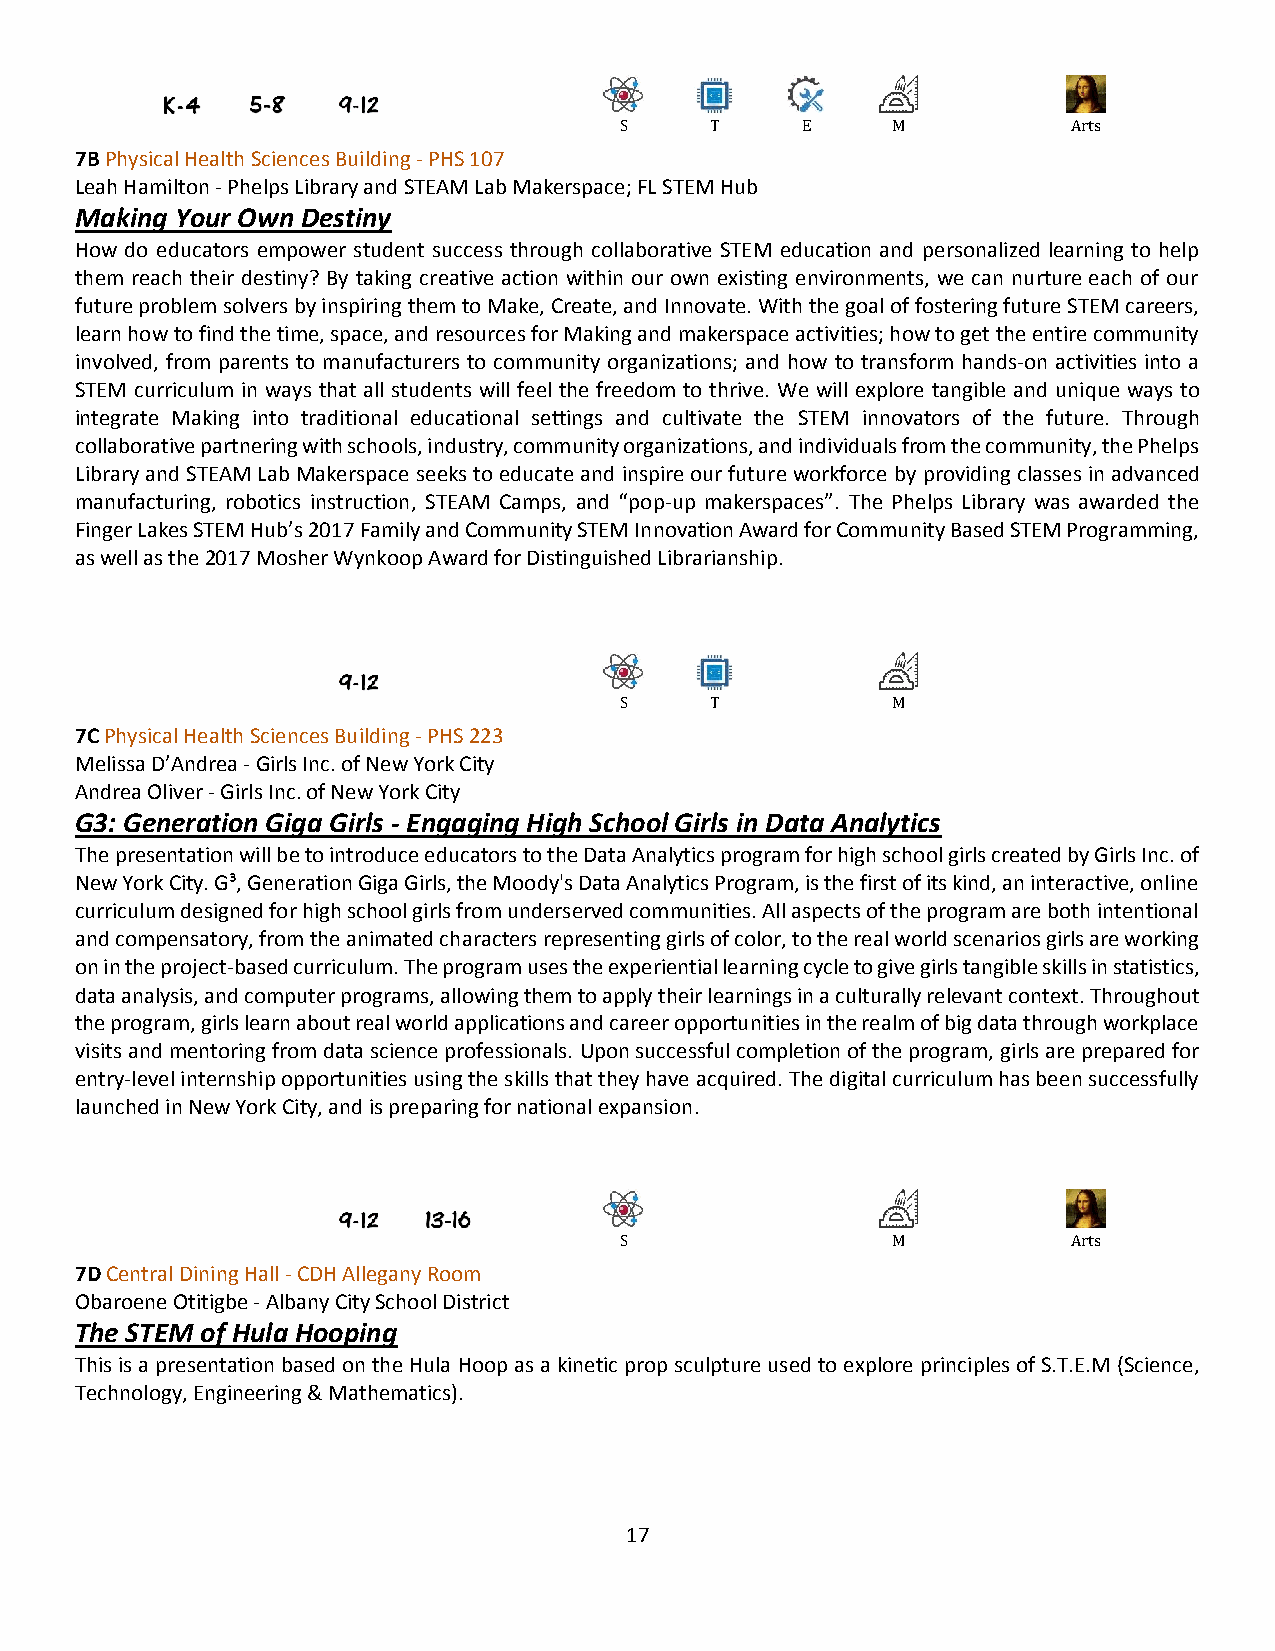
S     T     E     M           Arts
 7B Physical Health Sciences Building - PHS 107
 Leah Hamilton - Phelps Library and STEAM Lab Makerspace; FL STEM Hub
 Making Your Own Destiny
 How do educators empower student success through collaborative STEM education and personalized learning to help
 them reach their destiny? By taking creative action within our own existing environments, we can nurture each of our
 future problem solvers by inspiring them to Make, Create, and Innovate. With the goal of fostering future STEM careers,
 learn how to find the time, space, and resources for Making and makerspace activities; how to get the entire community
 involved, from parents to manufacturers to community organizations; and how to transform hands-on activities into a
 STEM curriculum in ways that all students will feel the freedom to thrive. We will explore tangible and unique ways to
 integrate Making into traditional educational settings and cultivate the STEM innovators of the future. Through
 collaborative partnering with schools, industry, community organizations, and individuals from the community, the Phelps
 Library and STEAM Lab Makerspace seeks to educate and inspire our future workforce by providing classes in advanced
 manufacturing, robotics instruction, STEAM Camps, and “pop-up makerspaces”. The Phelps Library was awarded the
 Finger Lakes STEM Hub’s 2017 Family and Community STEM Innovation Award for Community Based STEM Programming,
 as well as the 2017 Mosher Wynkoop Award for Distinguished Librarianship.
 S     T           M
 7C Physical Health Sciences Building - PHS 223
 Melissa D’Andrea - Girls Inc. of New York City
 Andrea Oliver - Girls Inc. of New York City
 G3: Generation Giga Girls - Engaging High School Girls in Data Analytics
 The presentation will be to introduce educators to the Data Analytics program for high school girls created by Girls Inc. of
 New York City. G³, Generation Giga Girls, the Moody's Data Analytics Program, is the first of its kind, an interactive, online
 curriculum designed for high school girls from underserved communities. All aspects of the program are both intentional
 and compensatory, from the animated characters representing girls of color, to the real world scenarios girls are working
 on in the project-based curriculum. The program uses the experiential learning cycle to give girls tangible skills in statistics,
 data analysis, and computer programs, allowing them to apply their learnings in a culturally relevant context. Throughout
 the program, girls learn about real world applications and career opportunities in the realm of big data through workplace
 visits and mentoring from data science professionals. Upon successful completion of the program, girls are prepared for
 entry-level internship opportunities using the skills that they have acquired. The digital curriculum has been successfully
 launched in New York City, and is preparing for national expansion.
 S                 M           Arts
 7D Central Dining Hall - CDH Allegany Room
 Obaroene Otitigbe - Albany City School District
 The STEM of Hula Hooping
 This is a presentation based on the Hula Hoop as a kinetic prop sculpture used to explore principles of S.T.E.M (Science,
 Technology, Engineering & Mathematics).
 17